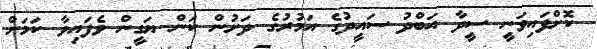
ކޮށްފައިވަނީ ސީދާ އަބްދު ސައީދުގެ އަމުރުގެ ދަށުން ކަން ޔަގީން ވެފައިވާ ކަމަށް